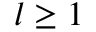
l \geq 1